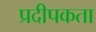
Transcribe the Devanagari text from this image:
प्रदीपकता